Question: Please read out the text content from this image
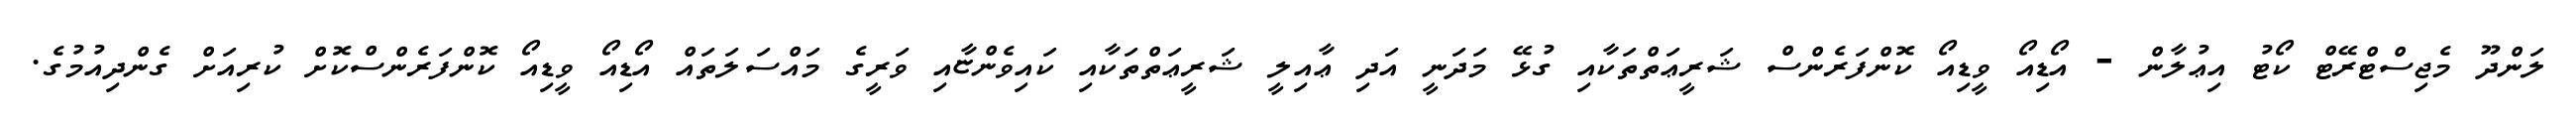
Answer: ލަންދޫ މެޖިސްޓްރޭޓް ކޯޓު އިޢުލާން - އޯޑިއޯ ވީޑިއޯ ކޮންފަރެންސް ޝަރީޢަތްތަކާއި ގުޅޭ މަދަނީ އަދި ޢާއިލީ ޝަރީޢަތްތަކާއި ކައިވެންޏާއި ވަރީގެ މައްސަލަތައް އޯޑިއޯ ވީޑިއޯ ކޮންފަރެންސްކޮށް ކުރިއަށް ގެންދިއުމުގެ.